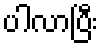
ပါလာပြီး